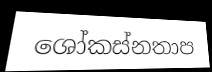
ශෝකස්නතාප